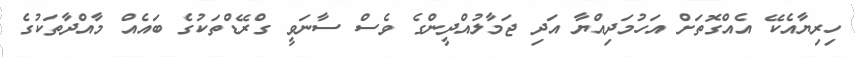
ހިރިޔާއެކޭ އެއްގޮތަށް އަހުމަދިއްޔާ އަދި ޖަމާލުއްދީންގެ ވެސް ސާނަވީ ގްރޭޑްތަކުގެ ބައެއް މާއްދާތަކުގެ